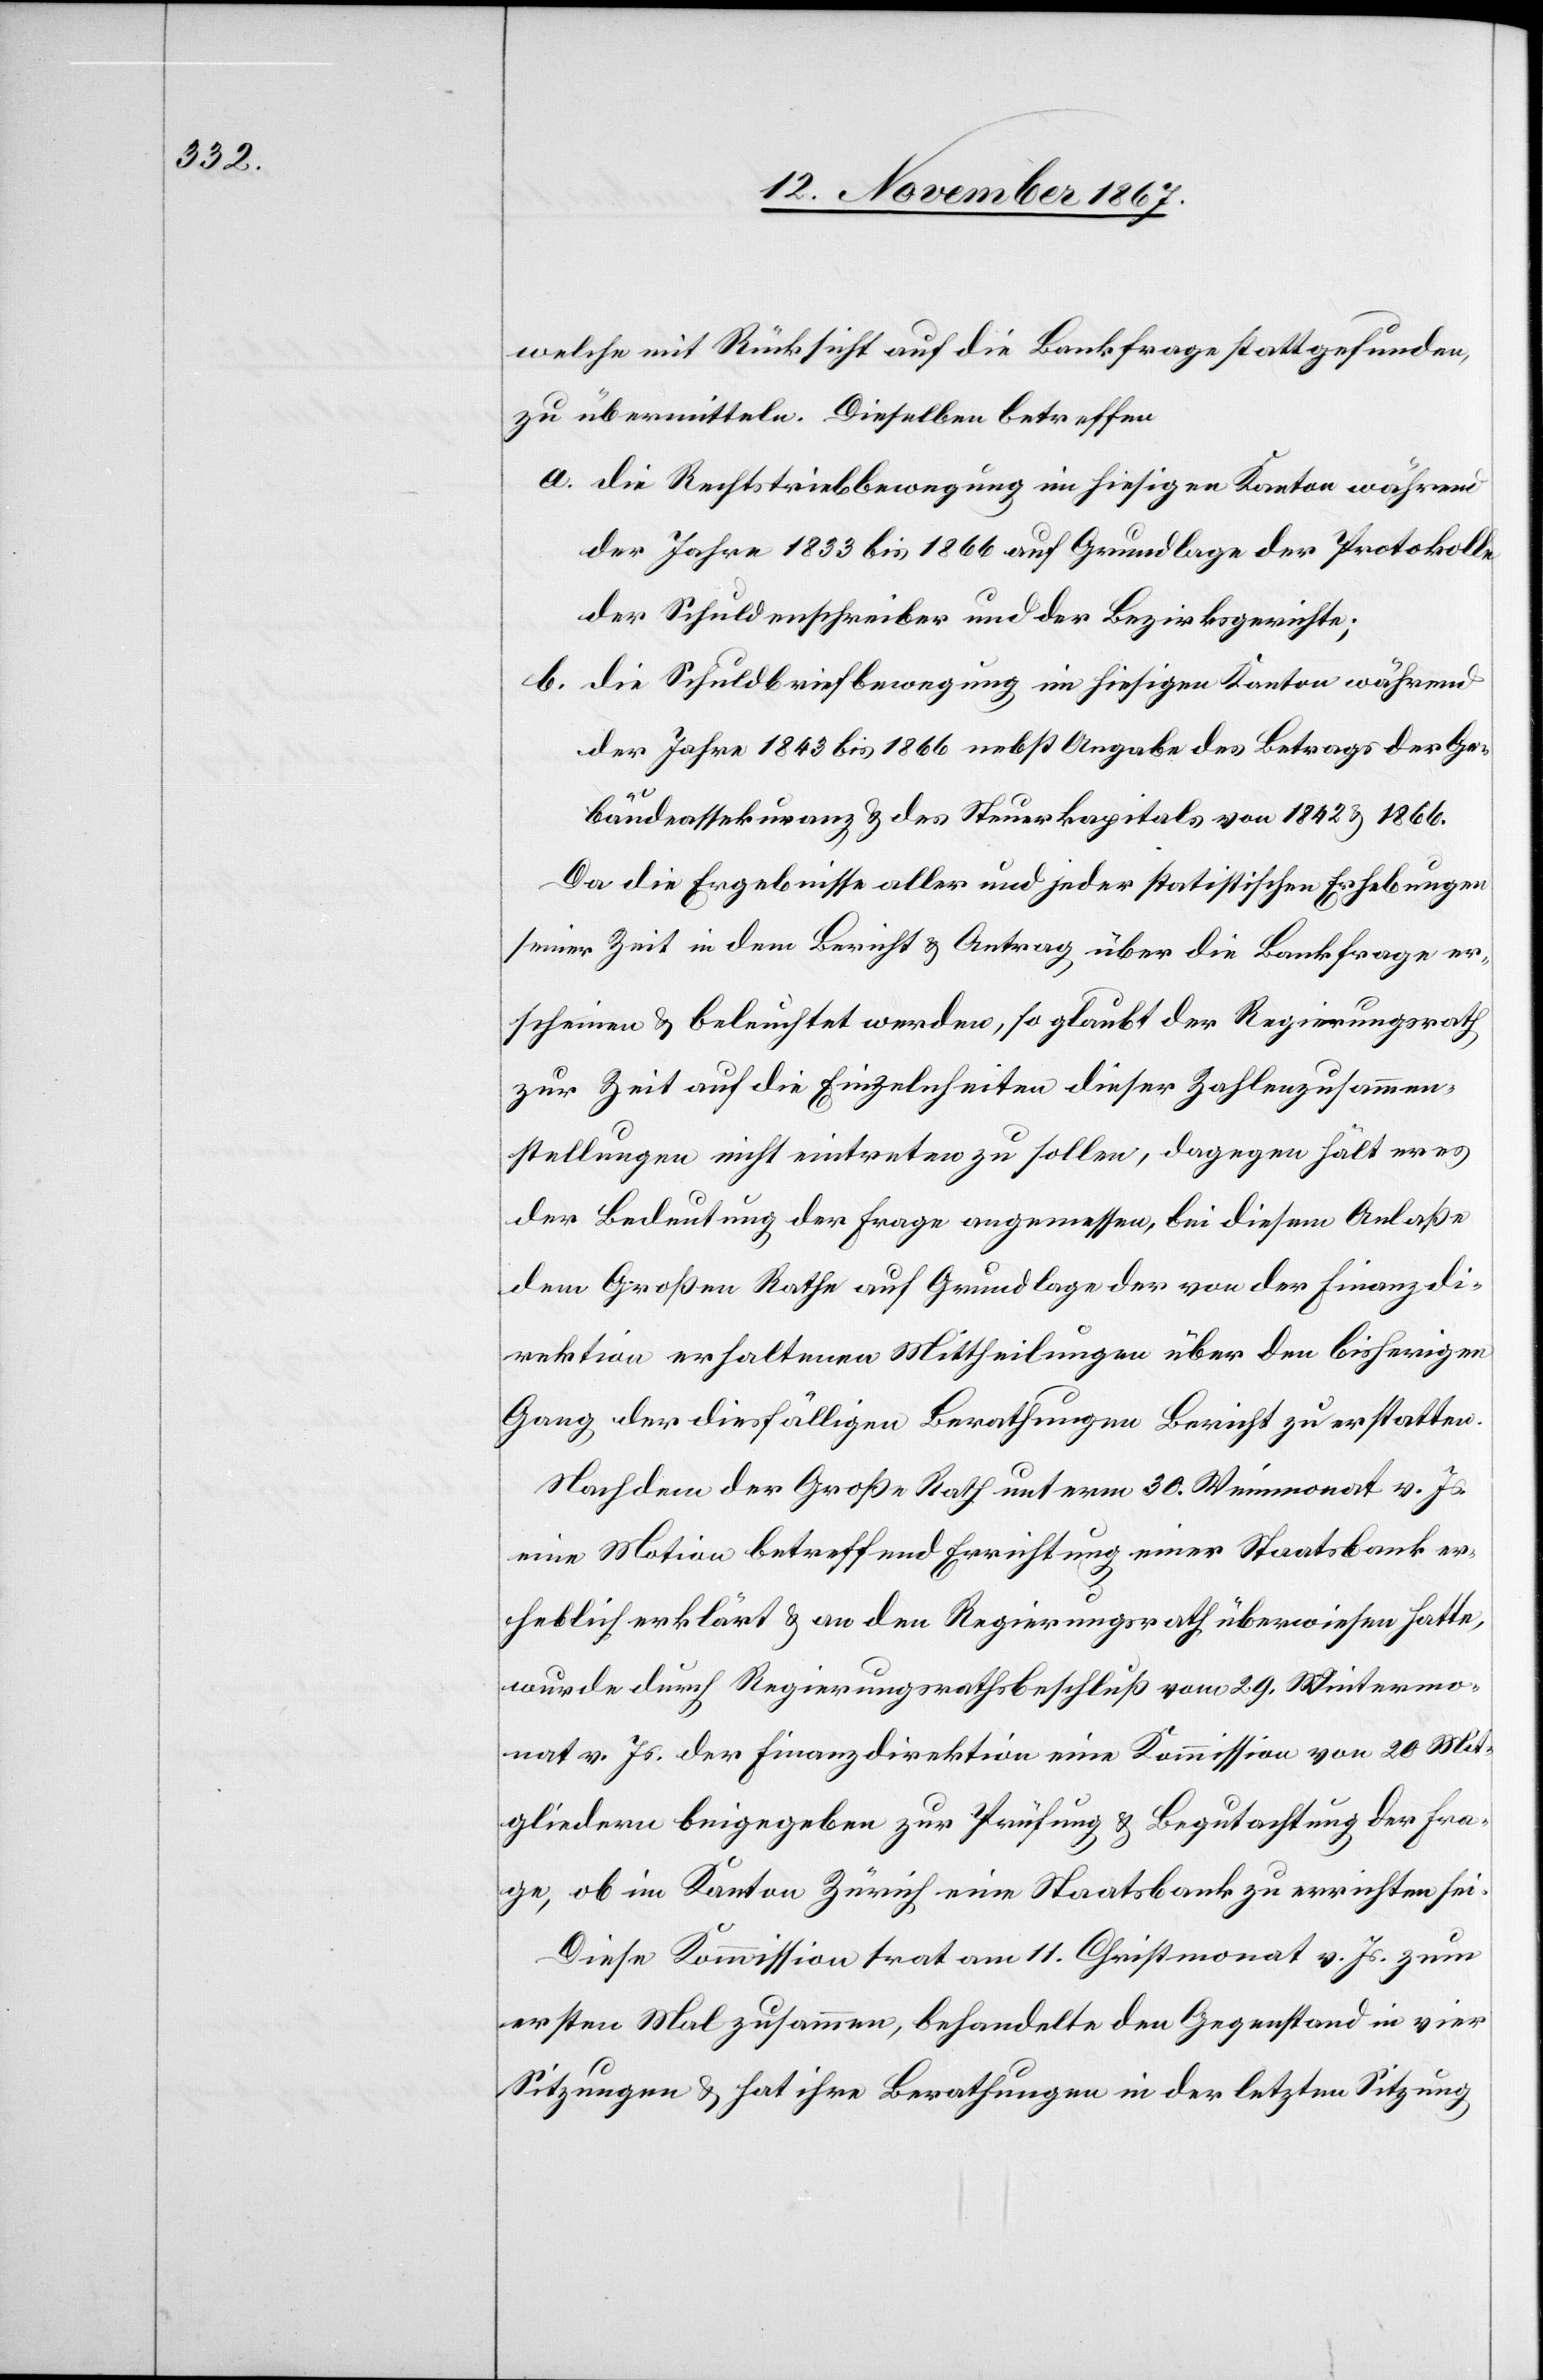
welche mit Rücksicht auf die Bankfrage stattgefunden,
zu übermitteln. Dieselben betreffen:
a. die Rechtstriebbewegung im hiesigen Kanton während
der Jahre 1853 bis 1866 auf Grundlage der Protokolle
der Schuldenschreiber und der Bezirksgerichte;
b. die Schuldbriefbewegung im hiesigen Kanton während
der Jahre 1843 bis 1866 nebst Angabe des Betrags der Ge¬
bäudeassekuranz u. des Steuerkapitals von 1842 u. 1866.
Da die Ergebnisse aller und jeder statistischen Erhebungen
seiner Zeit in dem Bericht u. Antrag über die Bankfrage er¬
scheinen u. beleuchtet werden, so glaubt der Regierungsrath
zur Zeit auf die Einzelheiten dieser Zahlenzusammen¬
stellungen nicht eintreten zu sollen, dagegen hält er es
der Bedeutung der Frage angemessen, bei diesem Anlaße
dem Großen Rathe auf Grundlage der von der Finanzdi¬
rektion erhaltenen Mittheilungen über den bisherigen
Gang der diesfälligen Berathungen Bericht zu erstatten.
Nachdem der Große Rath unterm 30. Weinmonat v. Js.
eine Motion betreffend Errichtung einer Staatsbank er¬
heblich erklärt u. an den Regierungsrath überwiesen hatte,
wurde durch Regierungsrathsbeschluß vom 29. Wintermo¬
nat v. Js. der Finanzdirektion eine Kommission von 20 Mit¬
gliedern beigegeben zur Prüfung u. Begutachtung der Fra¬
ge, ob im Kanton Zürich eine Staatsbank zu errichten sei.
Diese Kommission trat am 11. Christmonat v. Js. zum
ersten Mal zusammen, behandelte den Gegenstand in vier
Sitzungen u. hat ihre Berathungen in der letzten Sitzung